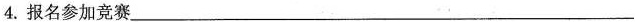
4.报名参加竞赛___